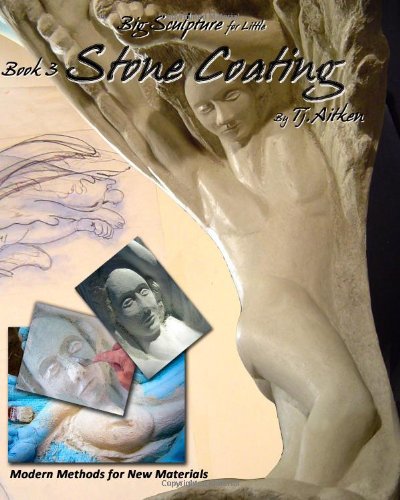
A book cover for Big Sculpture for Little- Stone Coating; Tj Aitken; Arts & Photography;